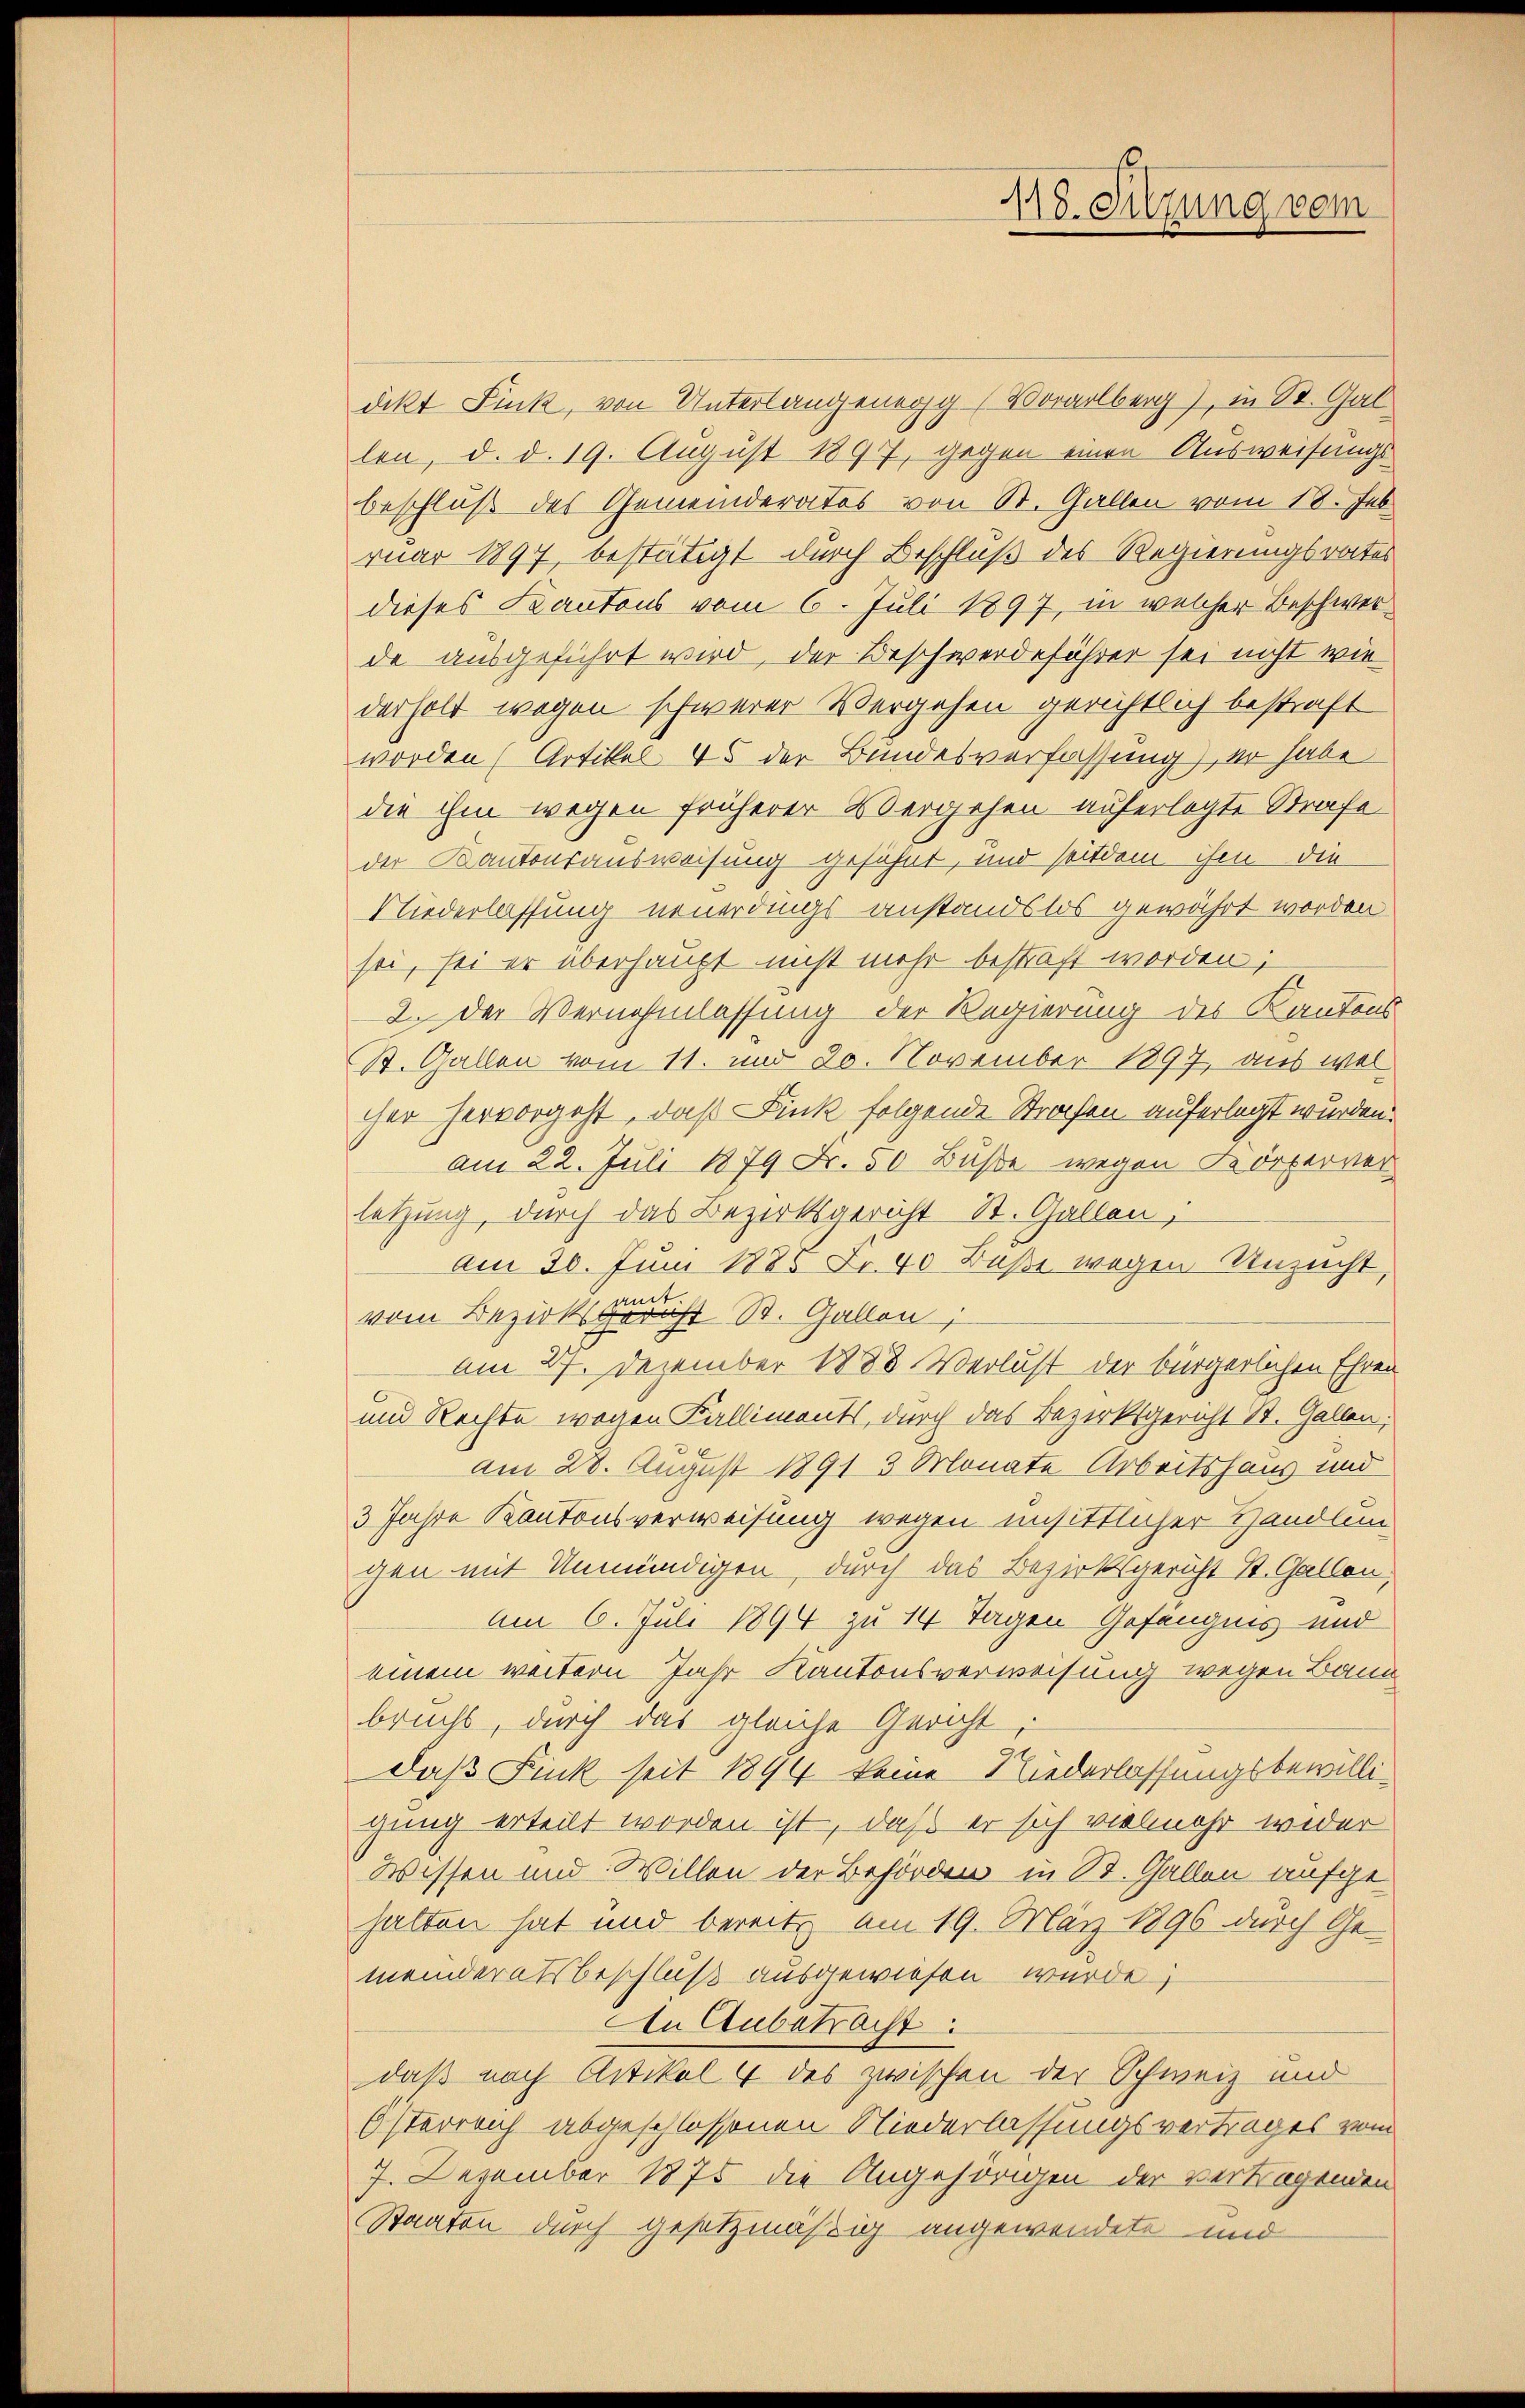
118. Sitzung vom

dikt Fink, von Unterlangenegg (Vorarlberg), in St. Gal
len, d. d. 19. August 1897, gegen einen Ausweisungsbeschluß des Gemeinderates von St. Gallen vom 18. Jul
ruar 1897, bestätigt durch Beschluß des Regierungsrates
dieses Kantons vom 6. Juli 1897, in welcher Beschwerde ausgeführt wird, der Beschwerdeführer sei nicht wie
derholt wegen schwerer Vergehen gerichtlich bestraft
worden (Artikel 45 der Bundesverfassung), er habe
die ihm wegen früherer Vergehen auferlegte Strafe
der Kantonsausweisung gesühnt, und seitdem ihm die
Niederlassung neuerdings anstandslos gewährt worden
sei, sei er überhaupt nicht mehr bestraft worden;
2. Der Vernehmlassung der Regierung des Kantons
St. Gallen vom 11. und 20. November 1897, aus wel
cher hervorgeht, daß Fink folgende Strafen auferlegt wurden.
am 22. Juli 1879 Fr. 50 Buße wegen Körperver
letzung, durch das Bezirksgericht St. Gallen,
Am 30. Juni 1885 Fr. 40 Buße wegen Unzucht,
vom Bezirksgericht St. Gallen;
am 27. Dezember 1888. Verlust der bürgerlichen Ehren
und Rechte wegen Falliments, durch das Bezirksgericht St. Gallen,
am 28. August 1891 3 Monate Arbeitshaus und
3 Jahre Kantonsverweisung wegen unsittlicher Handlun
gen mit Unmündigen, durch das Bezirksgericht St. Gallen
Am 6. Juli 1894 zu 14 Tagen Gefängnis und
einem weitern Jahr Kantonsverweisung wegen Bann
brucht, durch das gleiche Gericht
daß Fink seit 1894 keine Niederlassungsbewilligung erteilt worden ist, daß er sich vielmehr weder
Wissen und Willen der Behörden in St. Gallen aufgehalten hat und bereits am 19. März 1896 durch Ge-
meinderatsbeschluß ausgewiesen wurde;
An Anbetracht:
daß nach Artikel 4 des zwischen der Schweiz und
Österreich abgeschlossenen Niederlassungsvertrages vom
7. Dezember 1875 die Angehörigen der vertragenden
Staaten durch gesetzmäßig angewendete und